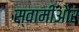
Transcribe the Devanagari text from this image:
स्वामीऔर